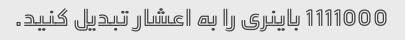
1111000 باینری را به اعشار تبدیل کنید.